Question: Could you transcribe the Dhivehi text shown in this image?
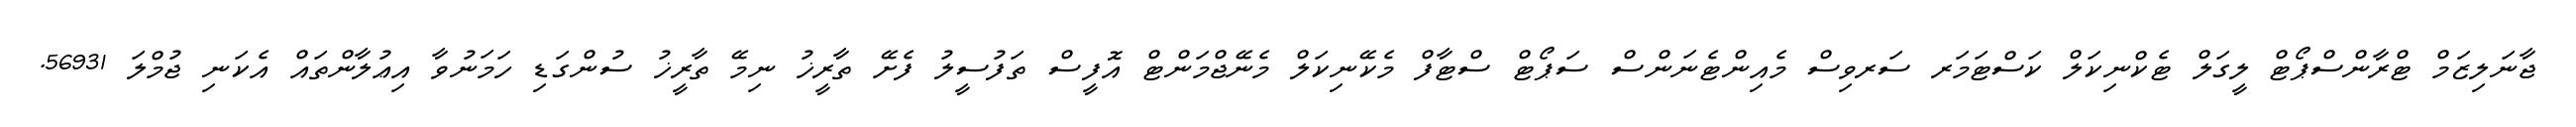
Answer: ޖާނަލިޒަމް ޓްރާންސްޕޯޓް ލީގަލް ޓެކްނިކަލް ކަސްޓަމަރ ސަރވިސް މެއިންޓެނަންސް ސަޕޯޓް ސްޓާފް މެކޭނިކަލް މެނޭޖްމަންޓް އޮފީސް ތަފުސީލު ފެށޭ ތާރީޚު ނިމޭ ތާރީޚު ސުންގަޑި ހަމަނުވާ އިޢުލާންތައް އެކަނި ޖުމްލަ 56931.